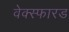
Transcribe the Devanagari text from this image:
वेक्स्फारड